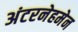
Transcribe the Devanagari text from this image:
अंटरनेहमेन